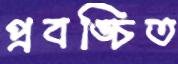
প্রবঙ্চিত